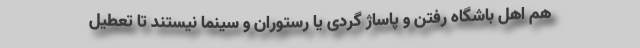
هم اهل باشگاه رفتن و پاساژ گردی یا رستوران و سینما نیستند تا تعطیل